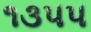
૧૩૫૫